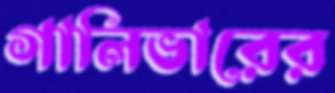
গালিভারের